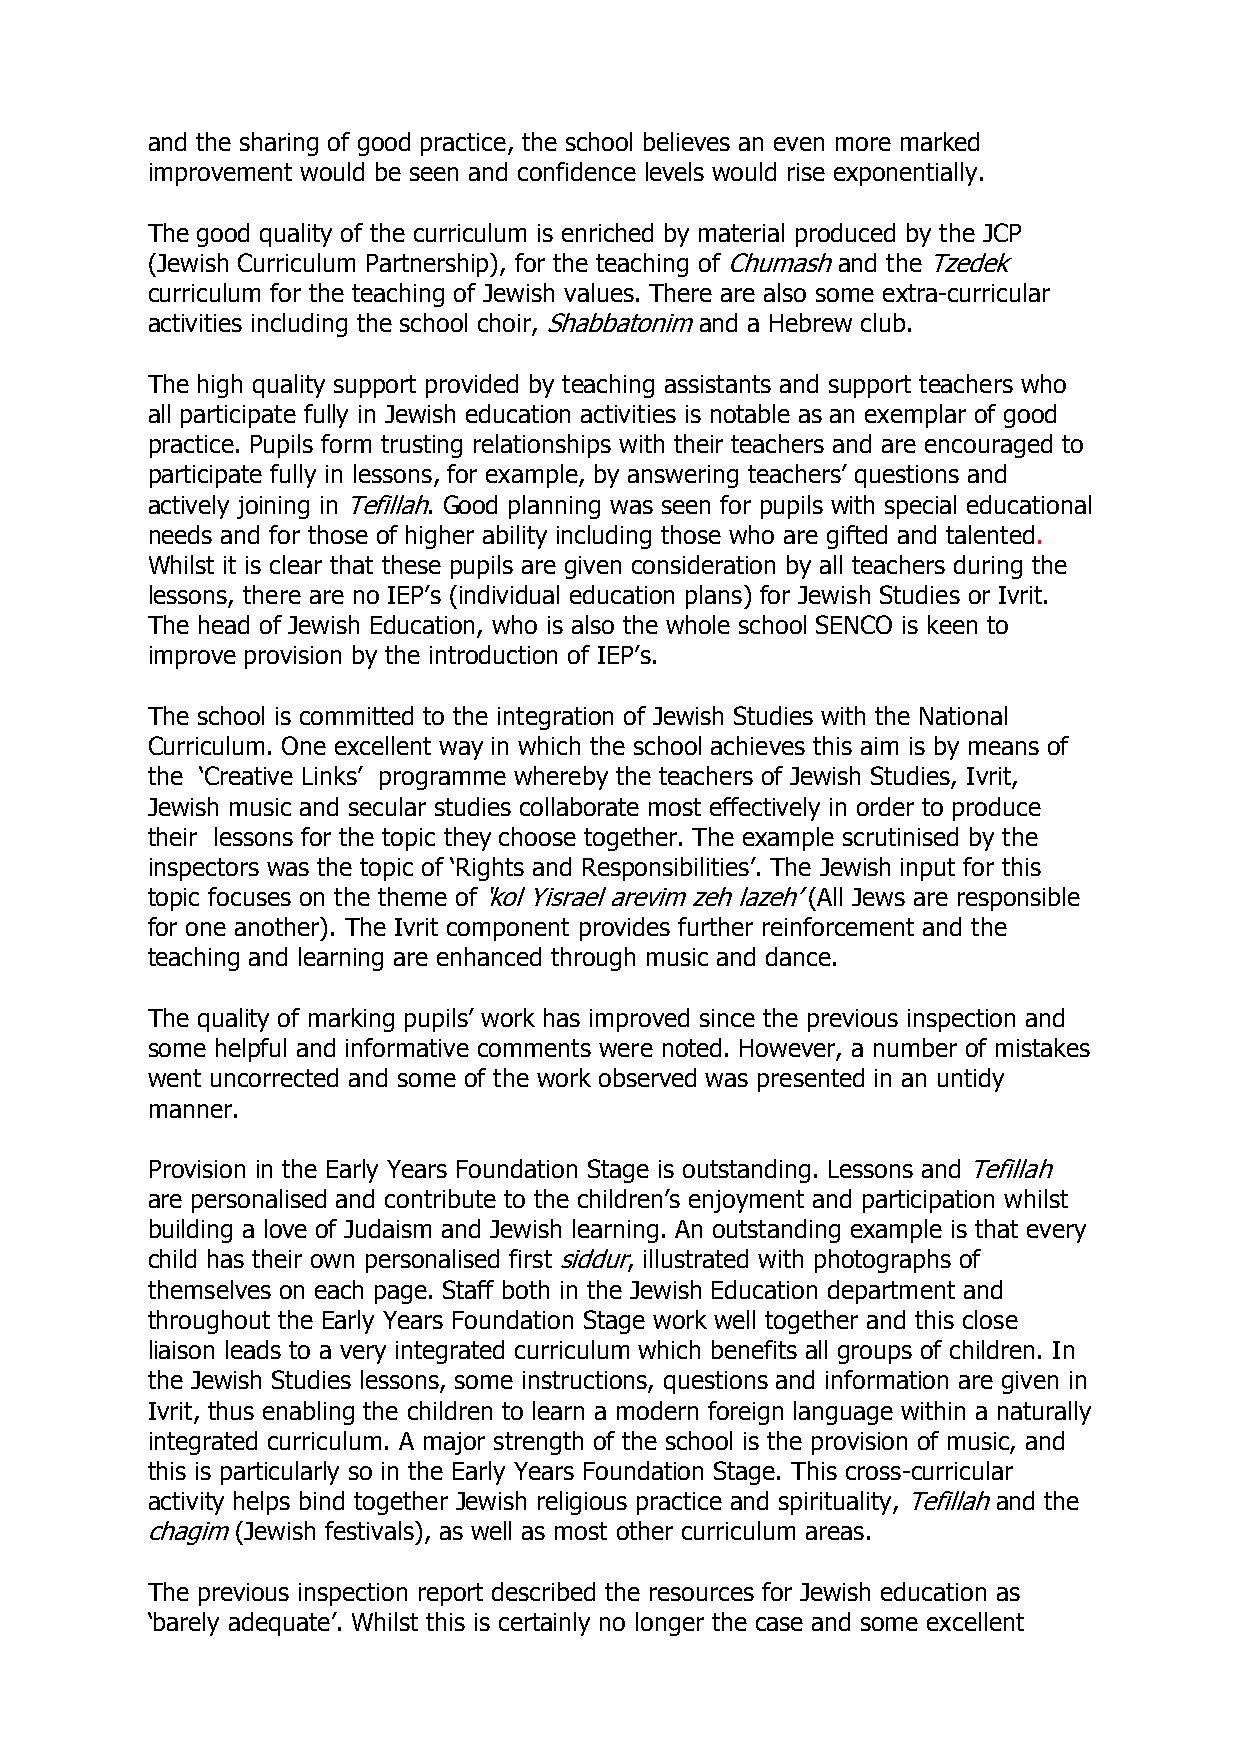
and the sharing of good practice, the school believes an even more marked
 improvement would be seen and confidence levels would rise exponentially.
 The good quality of the curriculum is enriched by material produced by the JCP
 (Jewish Curriculum Partnership), for the teaching of Chumash and the Tzedek
 curriculum for the teaching of Jewish values. There are also some extra-curricular
 activities including the school choir, Shabbatonim and a Hebrew club.
 The high quality support provided by teaching assistants and support teachers who
 all participate fully in Jewish education activities is notable as an exemplar of good
 practice. Pupils form trusting relationships with their teachers and are encouraged to
 participate fully in lessons, for example, by answering teachers’ questions and
 actively joining in Tefillah. Good planning was seen for pupils with special educational
 needs and for those of higher ability including those who are gifted and talented.
 Whilst it is clear that these pupils are given consideration by all teachers during the
 lessons, there are no IEP’s (individual education plans) for Jewish Studies or Ivrit.
 The head of Jewish Education, who is also the whole school SENCO is keen to
 improve provision by the introduction of IEP’s.
 The school is committed to the integration of Jewish Studies with the National
 Curriculum. One excellent way in which the school achieves this aim is by means of
 the ‘Creative Links’ programme whereby the teachers of Jewish Studies, Ivrit,
 Jewish music and secular studies collaborate most effectively in order to produce
 their lessons for the topic they choose together. The example scrutinised by the
 inspectors was the topic of ‘Rights and Responsibilities’. The Jewish input for this
 topic focuses on the theme of ‘kol Yisrael arevim zeh lazeh’ (All Jews are responsible
 for one another). The Ivrit component provides further reinforcement and the
 teaching and learning are enhanced through music and dance.
 The quality of marking pupils’ work has improved since the previous inspection and
 some helpful and informative comments were noted. However, a number of mistakes
 went uncorrected and some of the work observed was presented in an untidy
 manner.
 Provision in the Early Years Foundation Stage is outstanding. Lessons and Tefillah
 are personalised and contribute to the children’s enjoyment and participation whilst
 building a love of Judaism and Jewish learning. An outstanding example is that every
 child has their own personalised first siddur, illustrated with photographs of
 themselves on each page. Staff both in the Jewish Education department and
 throughout the Early Years Foundation Stage work well together and this close
 liaison leads to a very integrated curriculum which benefits all groups of children. In
 the Jewish Studies lessons, some instructions, questions and information are given in
 Ivrit, thus enabling the children to learn a modern foreign language within a naturally
 integrated curriculum. A major strength of the school is the provision of music, and
 this is particularly so in the Early Years Foundation Stage. This cross-curricular
 activity helps bind together Jewish religious practice and spirituality, Tefillah and the
 chagim (Jewish festivals), as well as most other curriculum areas.
 The previous inspection report described the resources for Jewish education as
 ‘barely adequate’. Whilst this is certainly no longer the case and some excellent